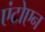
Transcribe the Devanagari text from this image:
एंटोएन